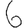
Digit: 6